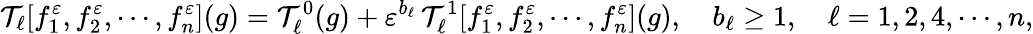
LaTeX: \mathcal{T}_{\ell}[f_{1}^{\varepsilon},f_{2}^{\varepsilon},\cdots,f_{n}^{\varepsilon}](g)=\mathcal{T}_{\ell}^{0}(g)+\varepsilon^{b_{\ell}}\, \mathcal{T}_{\ell}^{1}[f_{1}^{\varepsilon},f_{2}^{\varepsilon},\cdots,f_{n}^{\varepsilon}](g),\quad b_{\ell}\geq 1,\quad\ell=1,2,4,\cdots,n,